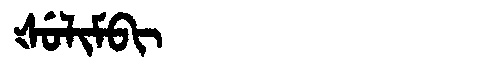
Manchu: ᡧᡠᠯᡳᠮᠪᡳ
Romanization: ŠULIMBI